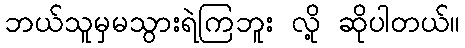
ဘယ်သူမှမသွားရဲကြဘူး လို့ ဆိုပါတယ်။